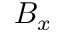
B _ { x }